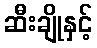
ဆီးချိုနှင့်